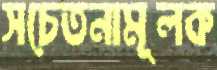
সচেতনামূলক